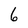
Character: 6